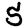
Digit: 5